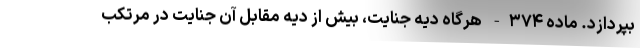
بپردازد. ماده ۳۷۴- هرگاه دیه جنایت، بیش از دیه مقابل آن جنایت در مرتکب